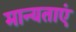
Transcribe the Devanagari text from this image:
मान्‍यताएं